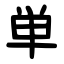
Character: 単